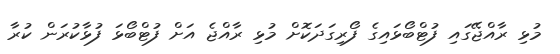
މުޅި ރާއްޖޭގައި ފުޓްބޯޅައިގެ ފޯރިގަދަކޮށް މުޅި ރާއްޖެ އަށް ފުޓްބޯޅަ ފުޅާކުރަން ކުރާ